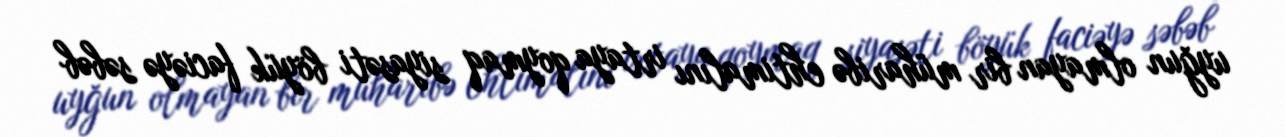
uyğun olmayan bir müharibə ehtimalını irtaya qoymaq siyasəti böyük faciəyə səbəb